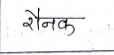
मजकूर: रौनक